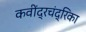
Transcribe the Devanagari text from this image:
कवींद्रचंद्रिका